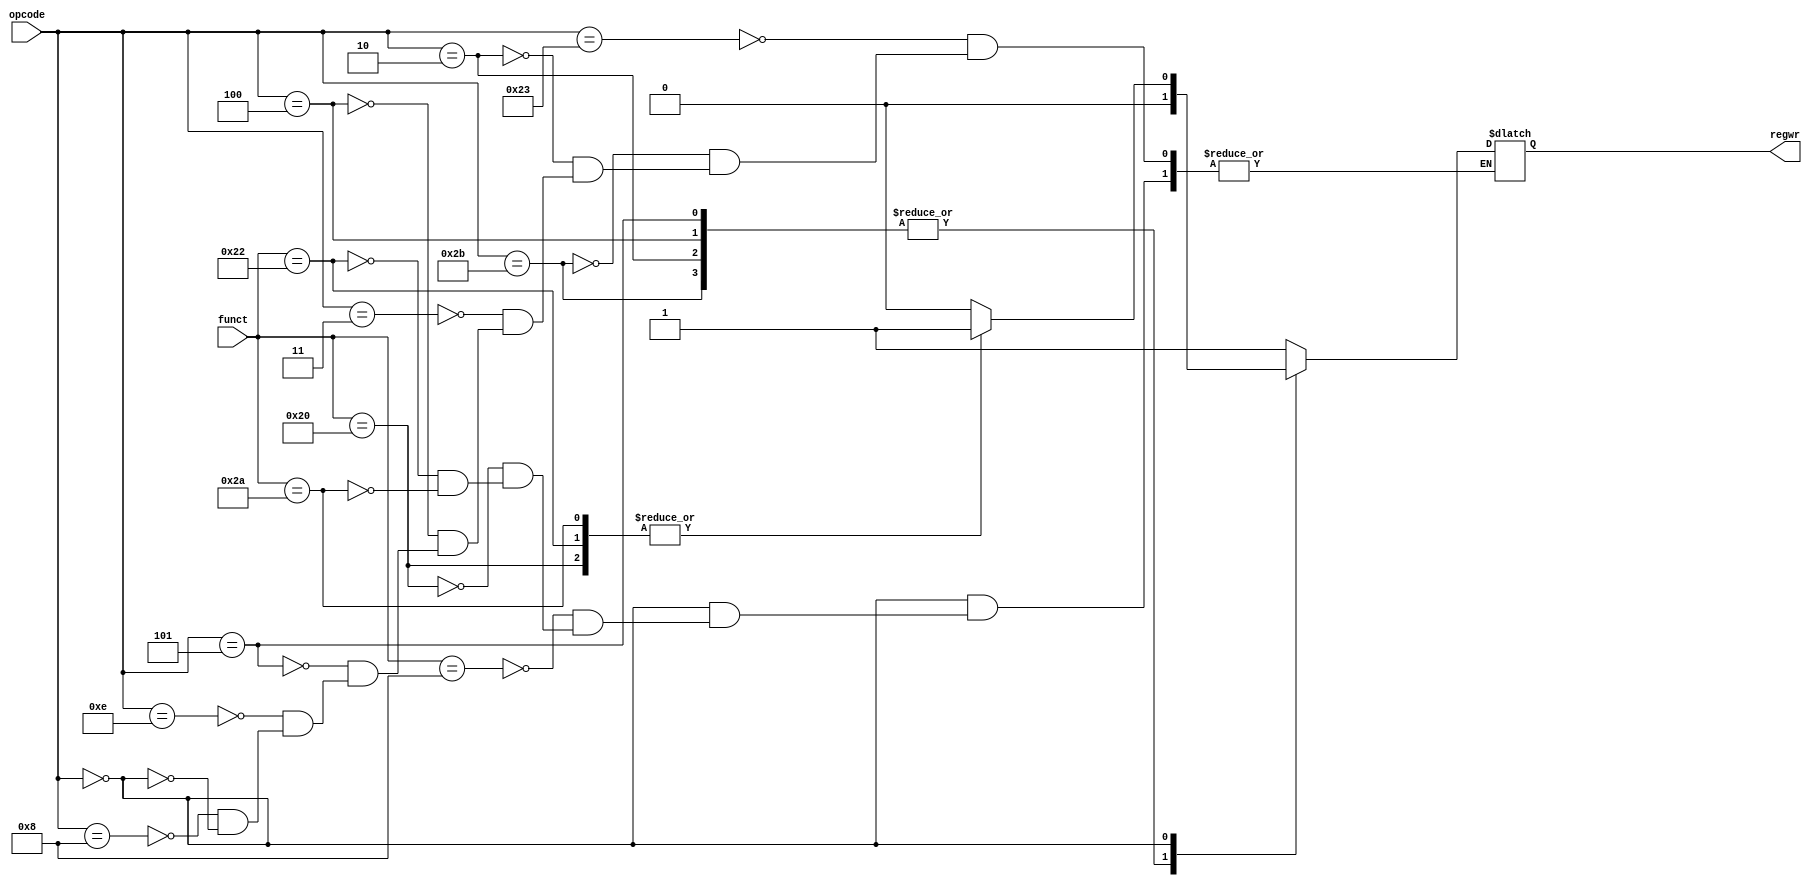
`define LW_OP    6'b100011
`define SW_OP    6'b101011
`define J_OP     6'b000010
`define JAL_OP   6'b000011
`define BEQ_OP   6'b000100
`define BNE_OP   6'b000101
`define XORI_OP  6'b001110
`define ADDI_OP  6'b001000
`define RTYPE_OP 6'b000000

`define JR_FUNCT  6'b001000
`define ADD_FUNCT 6'b100000
`define SUB_FUNCT 6'b100010
`define SLT_FUNCT 6'b101010

module regWrLUT
/*
LUT module to determine RegWr
Inputs:
opcode: The first 6 bits of the binary command, which partly determines which operation the CPU will perform
funct;  The last 6 bits of the binary command, which determines the res of the operation the CPU will perform

Outpus:
regwr: Whether to enable register write for this cycle
*/
(
output reg regwr,
input[5:0] opcode,
input[5:0] funct
);

always @(opcode or funct) begin
	case (opcode)
		`LW_OP:   regwr=1; //LW
		`SW_OP:   regwr=0; //SW
		`J_OP:    regwr=0; //J
		`JAL_OP:  regwr=1; //JAL
		`BEQ_OP:  regwr=0; //BEQ
		`BNE_OP:  regwr=0; //BNE
		`XORI_OP: regwr=1; //XORI
		`ADDI_OP: regwr=1; //ADDI

		`RTYPE_OP: begin
			case (funct)
				`JR_FUNCT:  regwr = 0; //JR
				`ADD_FUNCT: regwr = 1; //ADD
				`SUB_FUNCT: regwr = 1; //SUB
				`SLT_FUNCT: regwr = 1; //SLT
				default: $display("Error in regWrLUT: Invalid funct");
			endcase
		end

		default: $display("Error in regWrLUT: Invalid opcode");


	endcase
end
endmodule